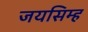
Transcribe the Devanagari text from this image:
जयसिम्ह